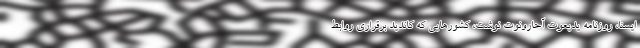
ایسنا، روزنامه یدیعوت آحارونوت نوشت، کشورهایی که کاندید برقراری روابط